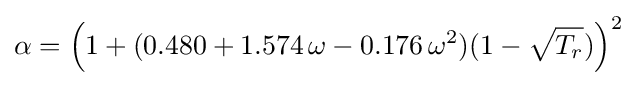
\alpha =\left(1+(0.480+1.574\,\omega -0.176\,\omega ^{2})(1-{\sqrt {T_{r}}})\right)^{2}